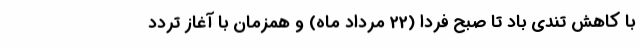
با کاهش تندی باد تا صبح فردا (22 مرداد ماه) و همزمان با آغاز تردد